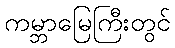
ကမ္ဘာမြေကြီးတွင်